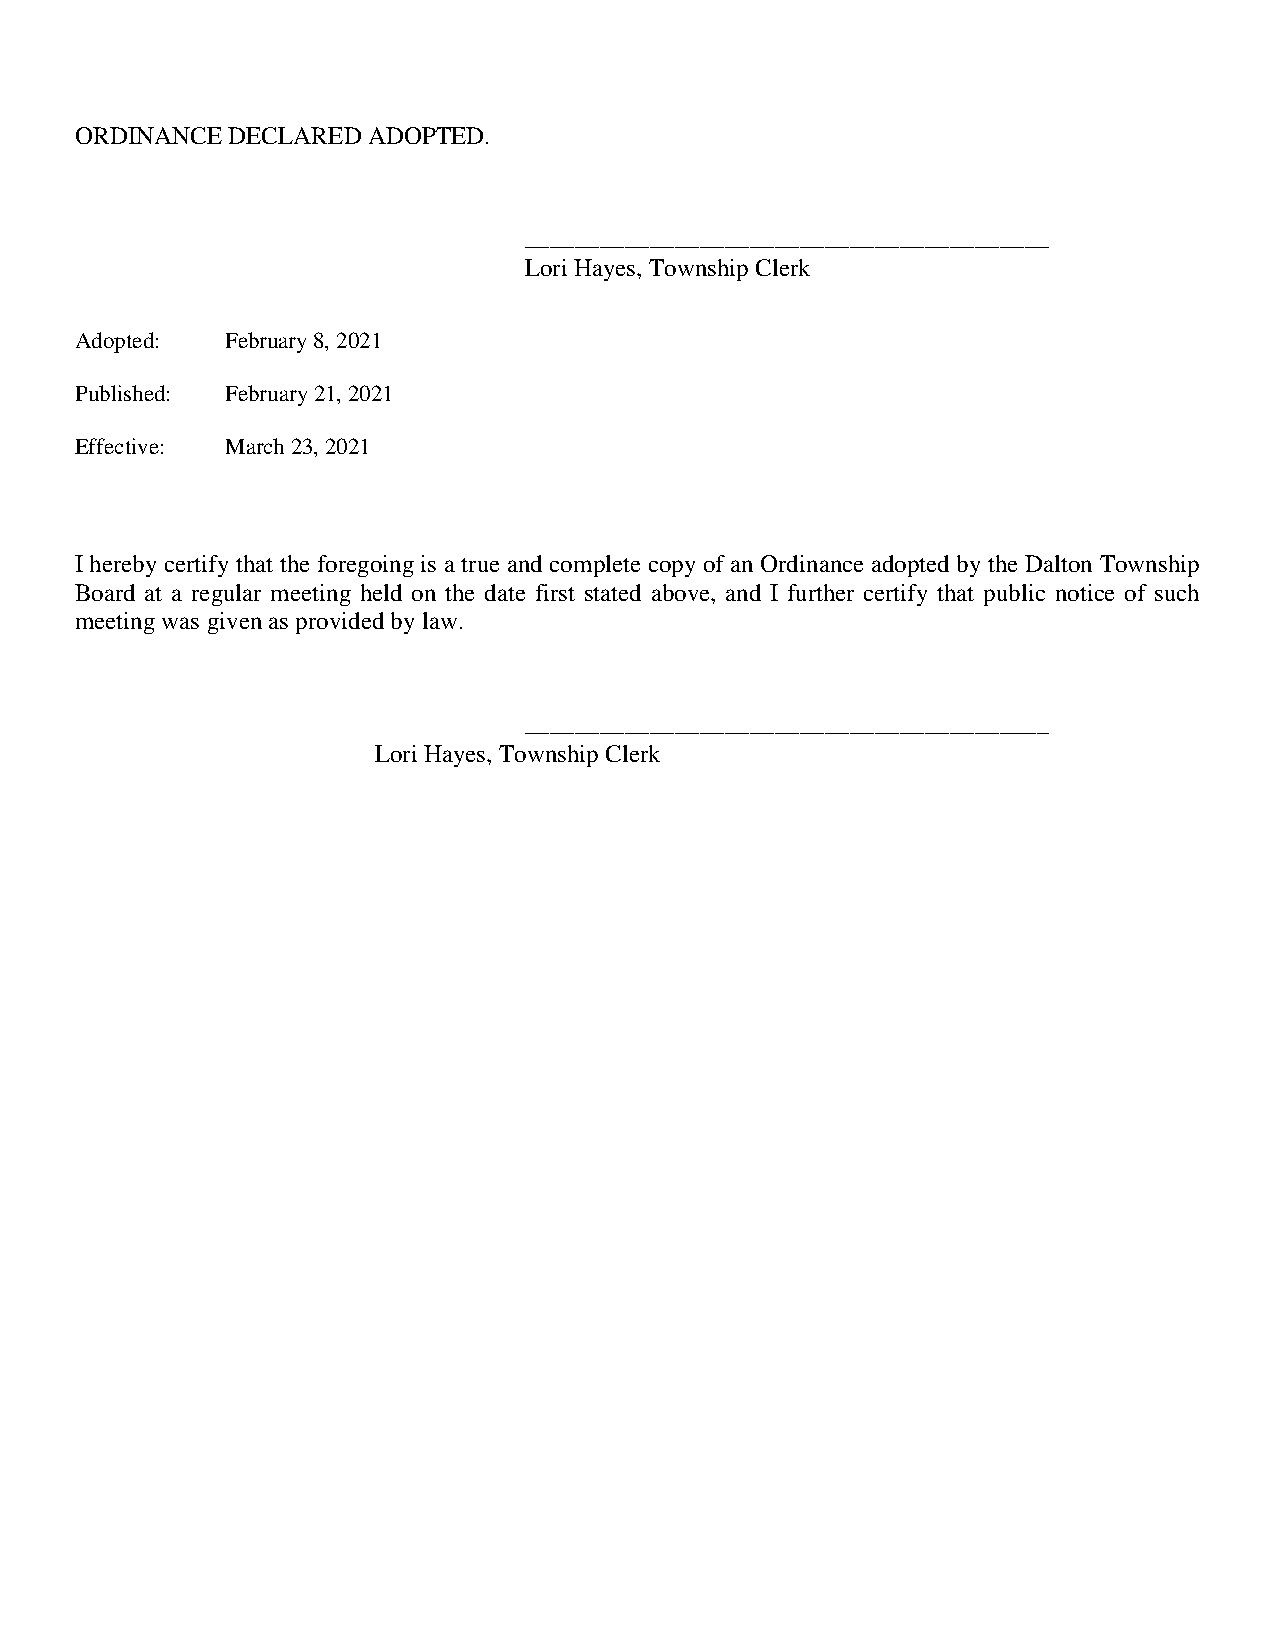
ORDINANCE DECLARED ADOPTED.
 __________________________________________
 Lori Hayes, Township Clerk
 Adopted:  February 8, 2021
 Published: February 21, 2021
 Effective: March 23, 2021
 I hereby certify that the foregoing is a true and complete copy of an Ordinance adopted by the Dalton Township
 Board at a regular meeting held on the date first stated above, and I further certify that public notice of such
 meeting was given as provided by law.
 __________________________________________
 Lori Hayes, Township Clerk